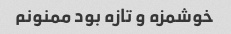
خوشمزه و تازه بود ممنونم